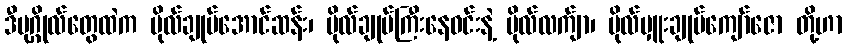
ဒီပုဂ္ဂိုလ်တွေထဲက ဗိုလ်ချုပ်အောင်ဆန်း၊ ဗိုလ်ချုပ်ကြီးနေဝင်းနဲ့ ဗိုလ်လက်ျာ၊ ဗိုလ်မှူးချုပ်ကျော်ဇော တို့ဟာ